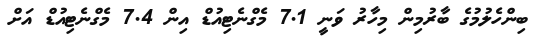
ބިންހެލުމުގެ ބާރުމިން މިހާރު ވަނީ 7.1 މެގްނެޓިއުޑް އިން 7.4 މެގްނެޓިއުޑް އަށް